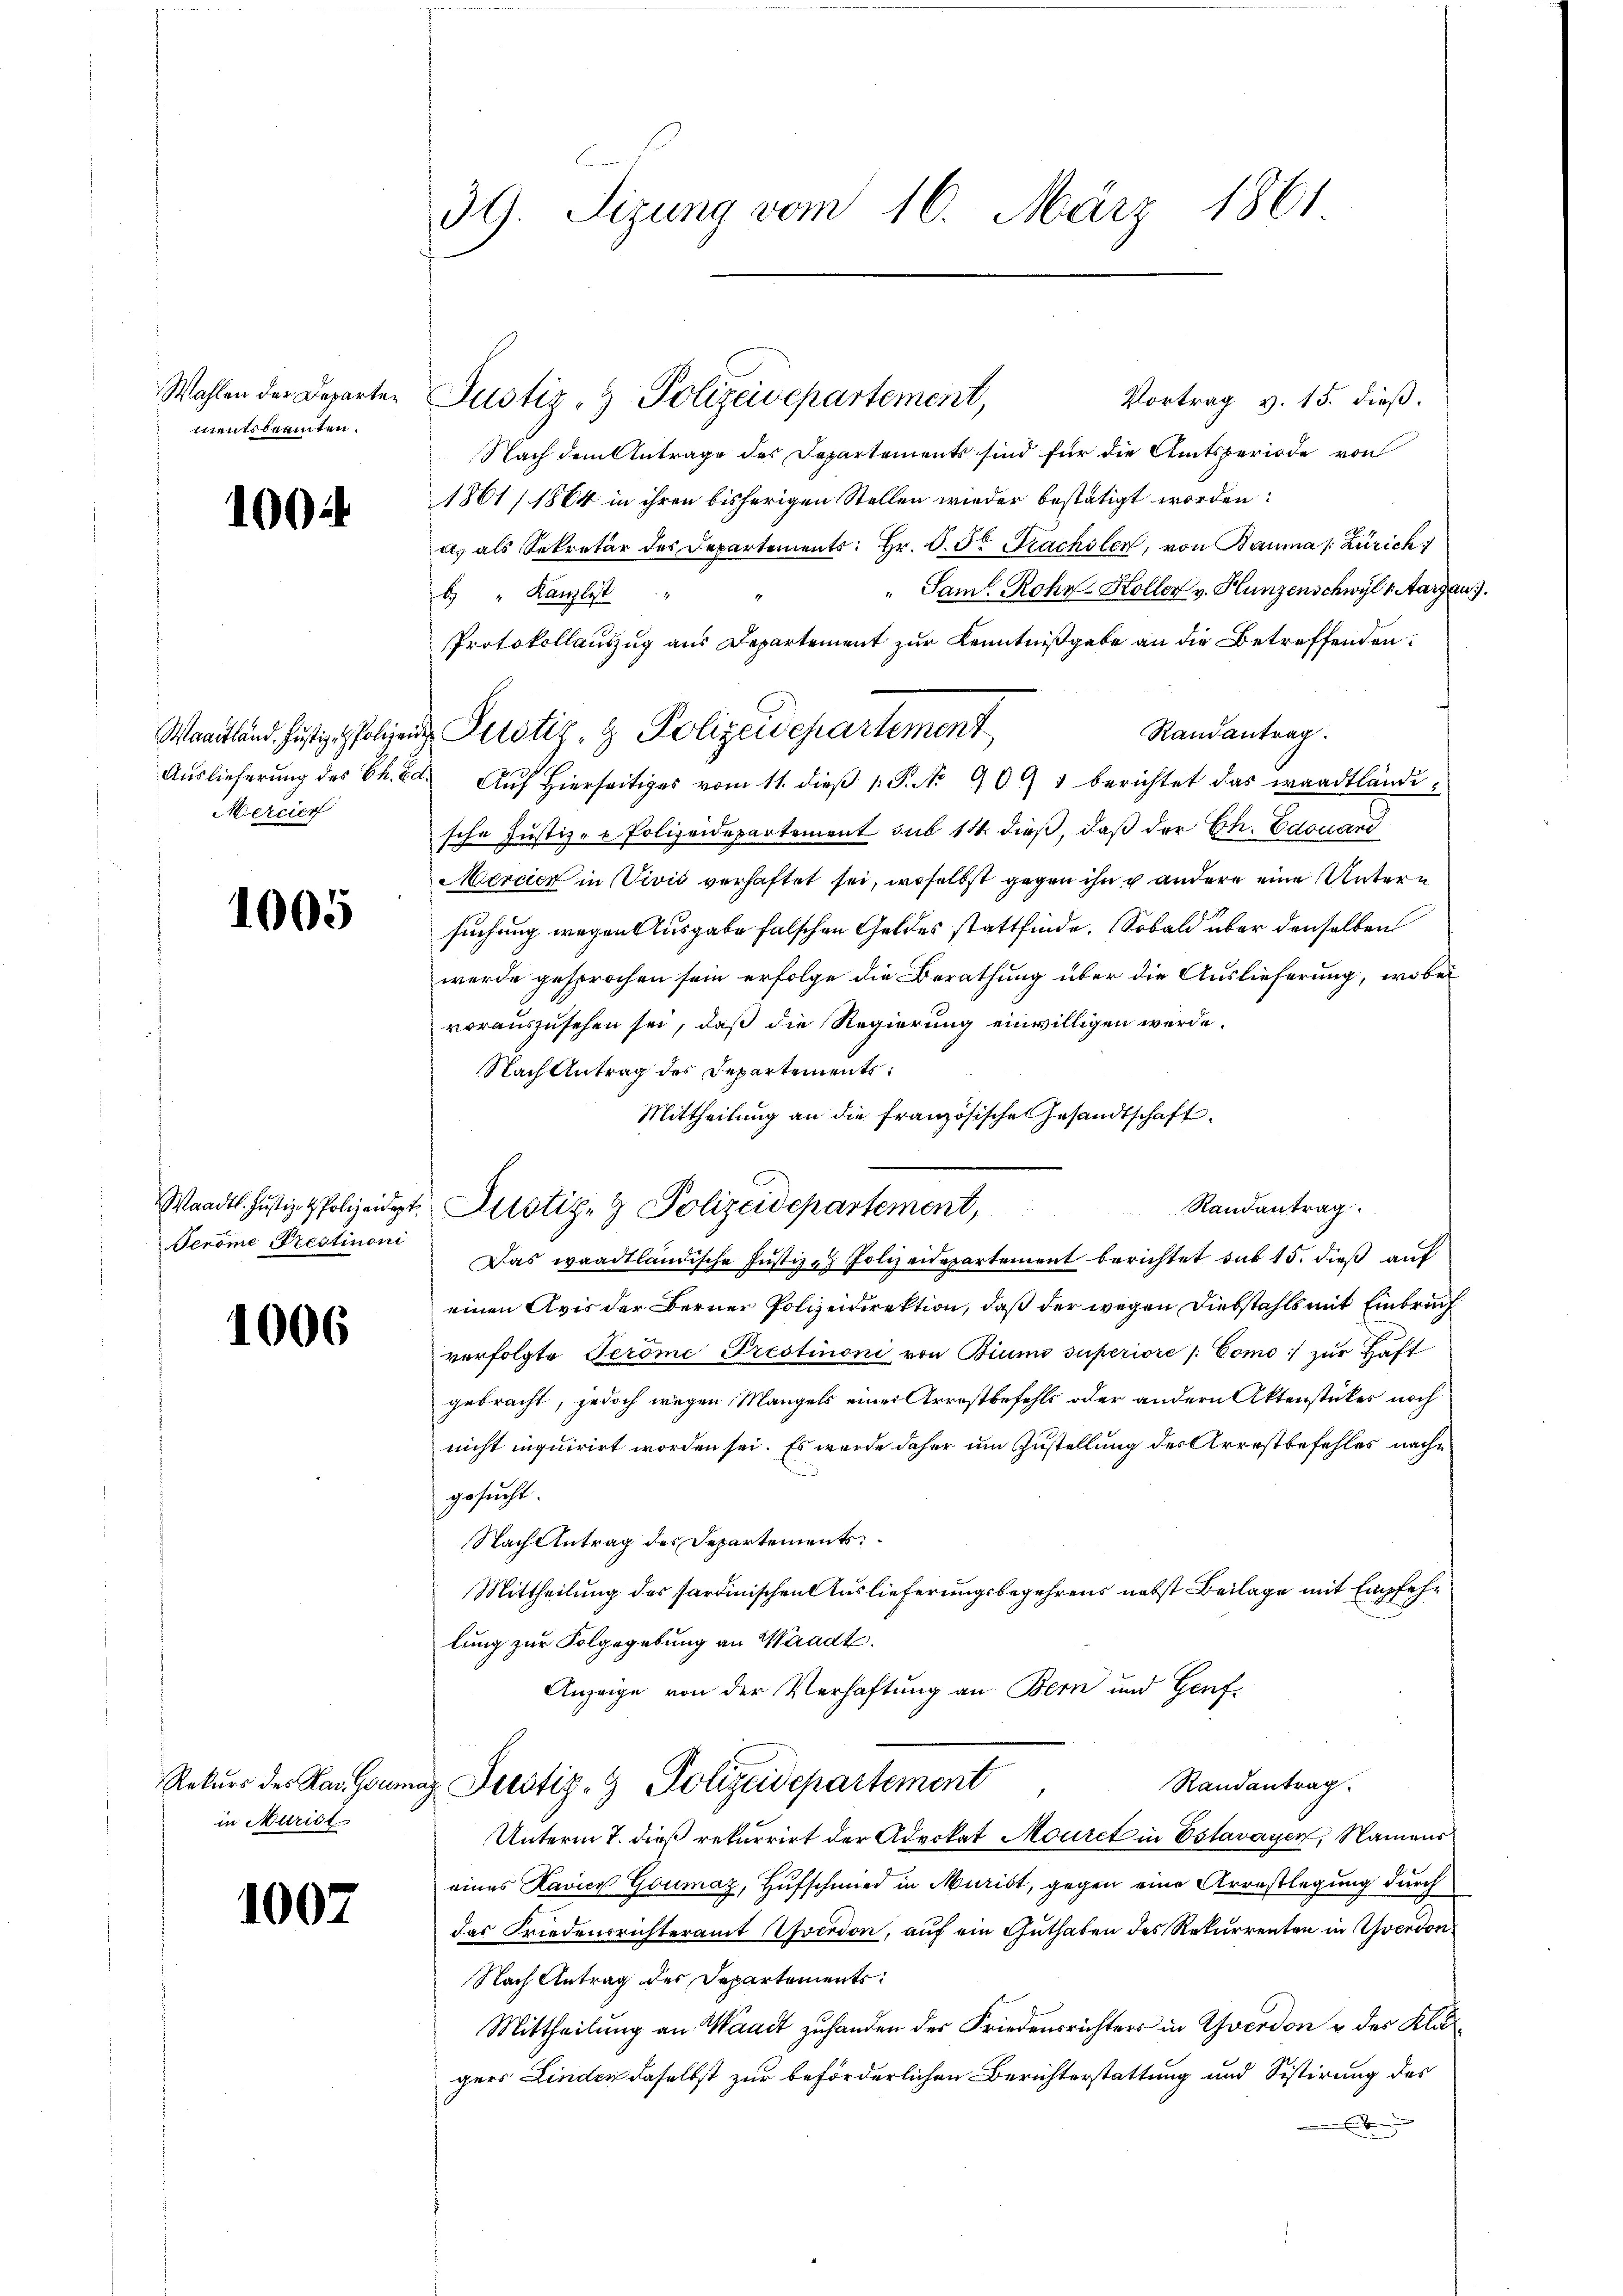
Wahlen der Departen
mentsbeamten.

1004

Mercier

1005

Peröme Prestimoni

1006

in Mariel

1007

39. Sizung vom 16. März 1861

Justiz- & Polizeidepartement,

Vortrag v. 15. dieß.
Nach dem Antrage des Departements sind für die Amtsperiode von
1861/ 1864 in ihren bisherigen Stellen wieder bestätigt worden:
a. als Sekretär des Departements: Hr. P. St. Prachsler, von Bauma /: Zürich
"Sam. Rohr-Koller v. Hunzenschwyl 1 Aargau.
b. " Kanzlist
Protokollauszug aus Departement zur Kenntnißgabe an die Betreffenden:
Randantrag.
Aŭslieferŭng des S. 20. Aŭf Hierseitiges vom 11. dieβ 1. P. No 909 1 berichtet das waadtlände:
sche Justiz- & Polizeidepartement sub 14. dieß, daß der Ch. Edouand
Mercier in Vivis verhaftet sei, woselbst gegen ihn u andere eine Untern
suchung wegen Ausgabe falschen Geldes stattfinde. Sobald über denselben
wurde gesprochen sein erfolge die Berathung über die Auslieferung, wobei
vorauszusehen sei, daß die Regierung einwilligen werde.
Nach Antrag des Departements:
Mittheilung an die französische Gesandtschaft.
Das waadtländische Justiz- & Polizeidepartement berichtet sub 15. dieß auf
einen Avis der Berner Polizeidirektion, daß der wegen Diebstahls mit Einbruch
verfolgte Teröme Prestimoni von Biums superiore /: Como:/ zur Haft
gebracht, jedoch wegen Mangels einer Arrestbefehls oder andern Aktenstückes noch
nicht inquirirt worden sei. Es wurde daher um Zustellung des Arrestbefehles nache
gesucht.
Nach Antrag des Departements
Mittheilung des Sardinischen Auslieferungsbegehrens nebst Beilage mit Empfehlung zur Folgegebung an Waadt.
Anzeige von der Verhaftung an Bern und Genf¬
Randantrag.
Rekurs des Kan Ganz Perstiz- & Polizeidepartement
Unterm 7. dieß rekurrirt der Advokat Mouret in Estavayer, Namens
eines Ravier Goumaz, Hufschmied in Murist, gegen eine Arrestlegung durch
das Friedensrichteramt verdon, auf ein Guthaben des Rekurrenten in verdon
Nach Antrag der Departements
Mittheilung an Waadt zuhanden der Friedensrichters in Yverdon u des Klägers Linder daselbst zur beförderlichen Berichterstattung und Sistirung des

Wandland histige Polizei Perstiz- & Polizeidepartement

Waadt. Justiz- & Polizeidigte Justiz- & Polizeidepartement,

Randantrag.